Civil Veterinary Department. United Provinces 1912-22 - 1912-1922
Year: 1912
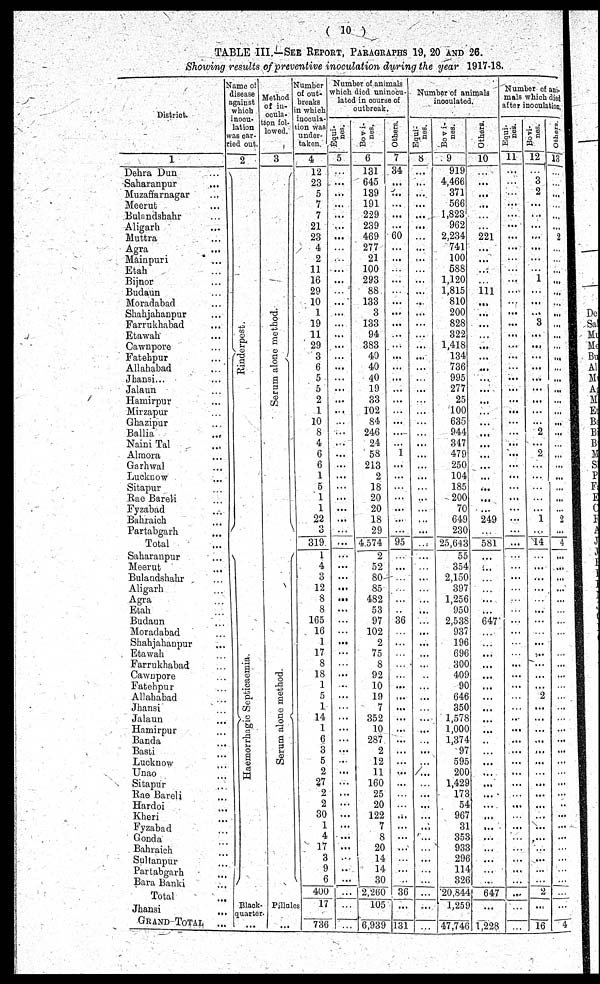
(10)
TABLE III.—See Report, Paragraphs 19, 20 and 26.
Showing results of preventive inoculation during the year 1917-18.
District.
1
Dehra Dun ...
Saharanpur
...
Muzaffarnagar ...
Meerut ...
Bulandsbahr ...
Aligarh ...
Muttra ...
Agra ...
Mainpuri ...
Etah ...
Bijnor ...
Budaun ...
Moradabad ...
Shahjahanpur ...
Farrukhabad ...
Etawah ...
Cawnpore ...
Fatehpur ...
Allahabad
Jhansi... ...
Jalaun ...
Hamirpur ...
Mirzapur ...
Ghazipur ...
Ballia ...
Naini Tal ...
Almora ...
Garhwal ...
Lucknow ...
Sitapur ...
Rae Bareli ...
Fyzabad ...
Bahraich ...
Partabgarh ...
Total ...
Saharanpur
...
Meerut ...
Bulandshahr ...
Aligarh ...
Agra ...
Etah ...
Budaun ...
Moradabad ...
Shahjahanpur ...
Etawah ...
Farrukhabad ...
Cawnpore ...
Fatehpur ...
Allahabad
Jhansi ...
Jalaun ...
Hamirpur ...
Banda ...
Basti ...
Lucknow ...
Unao ...
Sitapur ...
Rae Bareli ...
Hardoi ...
Kheri ...
Fyzabad ...
Gonda ...
Bahraich ...
Sultanpur ...
Partabgarh ...
Bara Banki ...
Total ...
Jhansi ...
Grand Total ...
Name of
disease
against
which
incon-
lation
was oar-
vied out.
2
Ri nder pes t
.
Haemorrhagic Septicaemia.
Black-
quarter
...
Metho
of in-
ocula-
tion fo
lowed.
3
Se r
um alone method.
Se r
um alone method.
Pillales
...
mm
4
12
23
5
7
7
21
23
4
2
11
16
29
10
1
19
11
29
3
6
5
5
2
1
10
8
4
6
6
1
5
1
1
22
3
319
1
4
3
12
8
8
165
16
1
17
8
18
1
5
1
14
1
6
3
5
2
27
2
2
30
1
4
17
3
9
6
400
17
736
Number of animals
which died uninocu-
lated in course of
outbreak.
Equi-
nes.
5
...
...
...
...
...
...
...
...
...
...
...
...
...
...
...
...
...
...
...
...
...
...
...
...
...
...
...
...
...
...
...
...
...
...
...
...
...
...
...
...
...
...
...
...
...
...
...
...
...
...
...
...
...
...
...
...
...
...
...
...
...
...
...
...
..
...
...
...
...
Bovi-
nes.
6
131
645
189
191
229
239
469
277
21
100
293
88
133
3
133
94
383
40
40
40
19
33
102
84
246
24
58
213
2
18
20
20
18
29
4.574
2
52
80
85
482
53
97
102
2
75
8
92
10
19
7
352
10
287
2
12
11
160
25
20
122
7
8
20
14
14
30
2,260
105
6,939
Others.
7
34
...
...
...
...
...
60
...
...
...
...
...
...
...
...
...
...
...
...
...
...
...
...
...
....
...
1
...
...
...
...
...
...
...
95
...
...
...
...
...
..
36
...
...
...
...
...
...
...
...
...
...
...
...
...
...
...
...
...
...
...
...
...
...
...
...
36
...
131
Number of animals
incoulated.
Equi-
-es.
8
...
...
...
...
...
...
...
...
...
...
...
...
...
...
...
...
...
...
...
...
...
...
...
...
...
...
...
...
...
...
...
...
...
...
...
...
...
...
...
...
...
...
...
...
...
..
...
...
...
...
...
...
...
...
...
...
...
...
...
...
...
...
...
...
...
...
...
...
Bovi-
nes.
9
919
4,466
371
566
1,823
962
2,234
741
100
588
1,120
1,815
810
200
828
322
1,418
134
736
995
277
25
100
635
944
347
479
250
104
185
200
70
649
230
25,643
55
354
2,150
397
1,256
950
2,538
937
196
696
300
409
90
646
350
1,578
1,000
1,374
97
595
200
1,429
173
54
967
31
352
933
29€
114
32C
20,844
1,259
47,746
Others.
10
...
...
...
...
...
...
221
...
...
...
...
111
...
...
...
...
...
...
...
...
...
...
...
...
...
...
...
...
...
...
...
...
249
...
581
...
...
...
...
...
...
647
...
...
...
...
...
...
...
...
...
...
...
...
...
...
...
...
...
...
...
...
...
...
...
...
647
...
1,228
Number of ani-
mals which died
after inoculation.
Equi-
nes.
11
...
...
...
...
...
...
...
...
...
...
...
....
...
...
...
...
...
...
...
...
...
...
...
...
...
...
...
...
...
...
...
...
...
...
...
...
...
...
...
...
...
...
...
...
...
...
...
...
...
...
...
...
...
...
...
...
...
...
...
...
...
...
...
...
...
...
...
...
...
Bo ti-
nes.
12
1
3
2
...
...
...
...
...
...
...
1
...
...
...
3
...
...
...
...
...
...
...
...
...
2
...
2
...
...
...
...
...
1
...
14
...
...
...
...
...
...
...
...
...
...
...
...
...
2
...
...
...
...
...
...
...
...
...
...
...
...
...
...
...
...
...
2
...
16
Others.
13 ...
...
...
...
...
...
2
...
...
...
...
...
...
...
...
...
...
...
...
...
...
...
...
...
...
...
...
...
...
...
...
...
2
...
4 ...
...
...
...
...
...
...
...
...
...
...
...
...
...
...
...
...
...
...
...
...
...
...
..
...
...
...
...
...
...
...
...
...
4